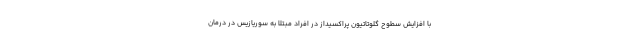
با افزایش سطوح گلوتاتیون پراکسیداز در افراد مبتلا به سوریازیس در درمان